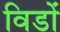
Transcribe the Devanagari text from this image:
विडों